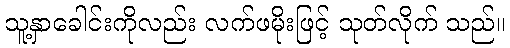
သူ့နှာခေါင်းကိုလည်း လက်ဖမိုးဖြင့် သုတ်လိုက် သည်။